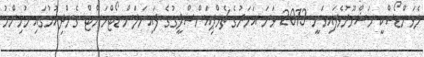
ލެވަންޑޯސްކީ މަޝްހޫރުވެފައިވަނީ 2013 ވަނަ އަހަރުގެ ޗެމްޕިއަންސްލީގުގެ ފައިނަލަށް ޑޯޓްމަންޓް ގެންދިއުމުގައި މުހިންމު